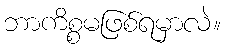
ဘာကိစ္စမဖြစ်ရမှာလဲ။